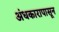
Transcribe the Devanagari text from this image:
अंधकारापासून